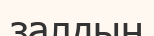
залдың